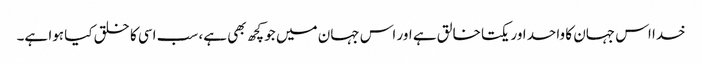
خدا اس جہان کا واحد اور یکتا خالق ہے اور اس جہان میں جو کچھ بھی ہے، سب اسی کا خلق کیا ہوا ہے۔